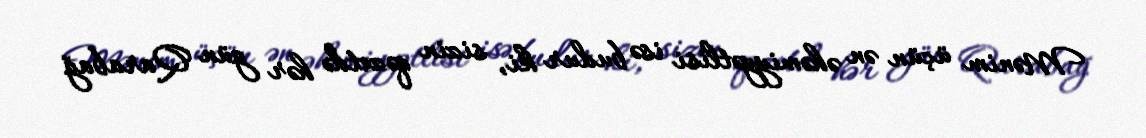
Mənim üçün ən əhəmiyyətlisi isə budur ki, sizin qəzetdə hər gün Qarabağ